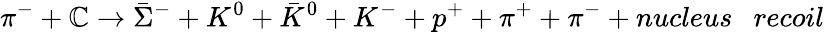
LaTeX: \pi^{-}+\mathbb{C}\to{\bar{{\Sigma}}}^{-}+K^{0}+{\bar{{K}}}^{0}+K^{-}+p^{+}+\pi^{+}+\pi^{-}+nucleus~~~recoil